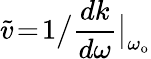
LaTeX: \widetilde{v}\! =\! 1\big/\frac{dk}{d\omega}\big|_{\omega_{\mathrm{o}}}